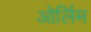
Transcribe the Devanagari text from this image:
ओर्लिम